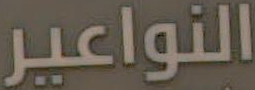
النواعير